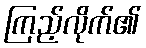
ကြည့်လိုက်၏